Riigikantselei, lk 109
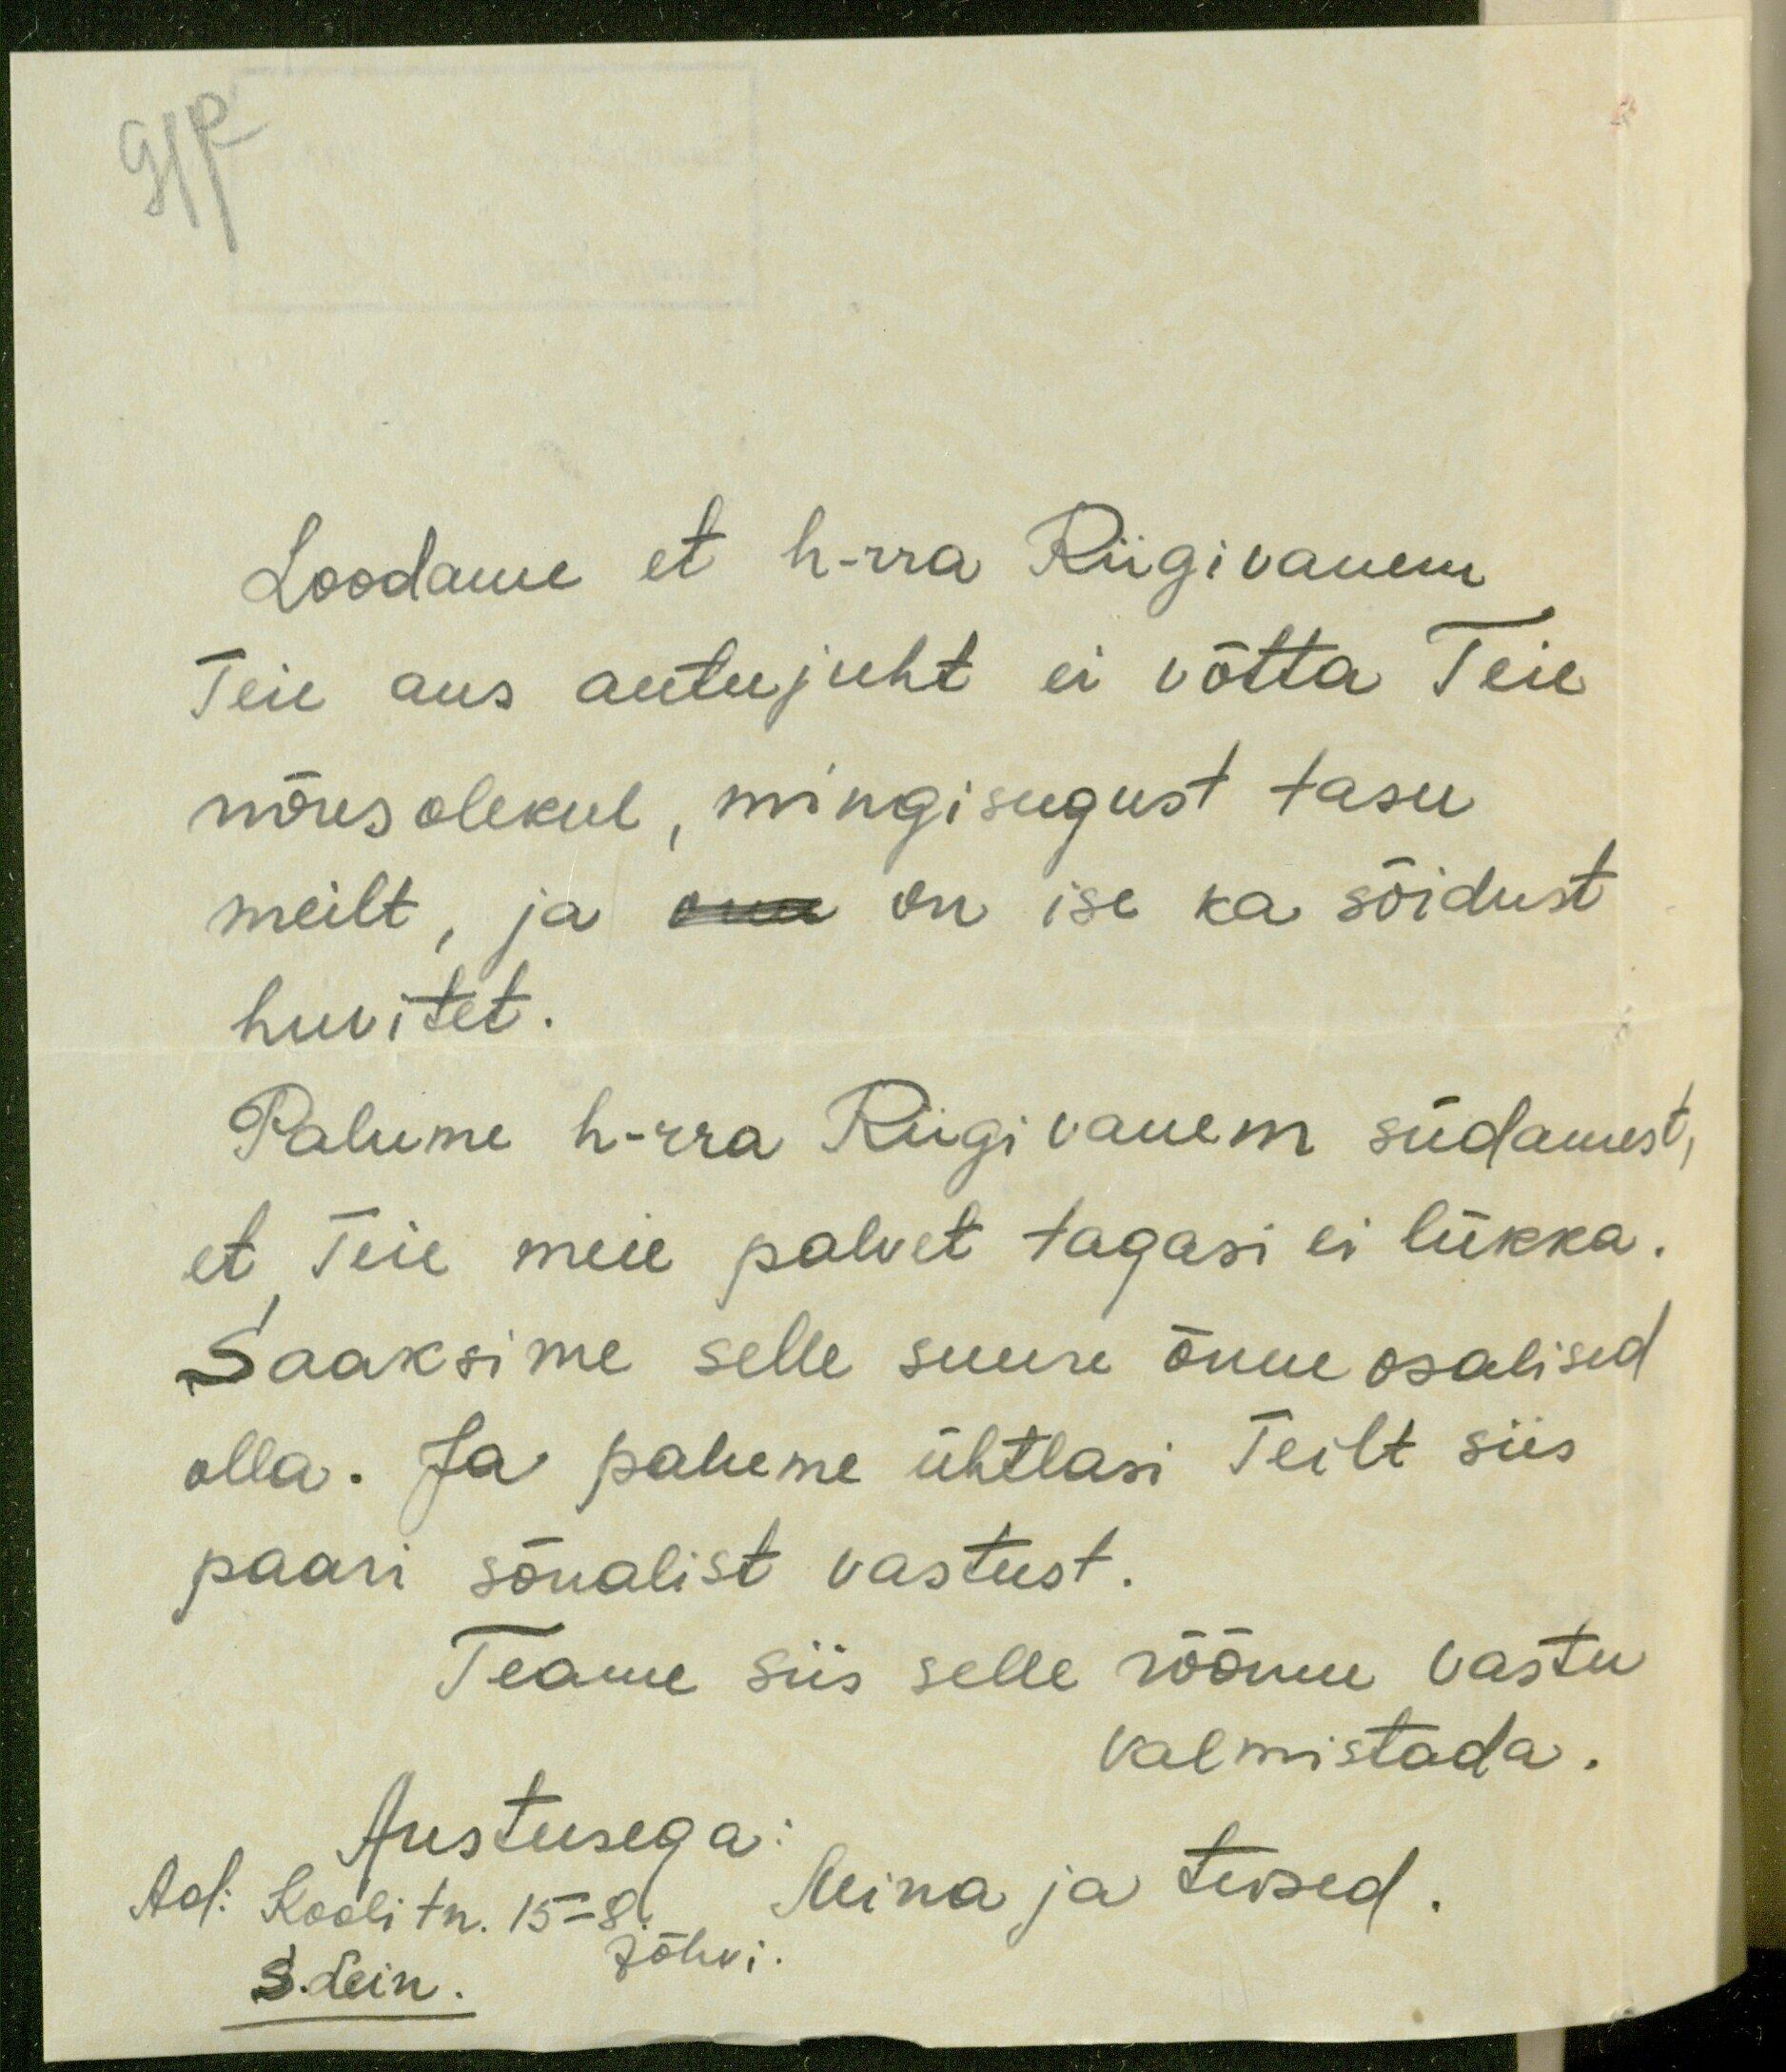
Loodame, et h-rra Riigivanem
Teie aus autujuht ei võtta Teie
nõusolekul, mingisugust tasu
meilt, ja oma on ise ka sõidust
huvitet.
Palume h-rra Riigi vanem südamest,
et Teie meie palvet tagasi ei lükka.
Saaksime selle suure õnne osalised
olla. Ja palume ühtlasi Teilt siis
paari sõnalist vastust.
Teame siis selle rõõmu vastu
valmistada.
Austusega:
Ad: Kooli tn. 15 - 8. Mina ja teised.
S. Lein.
Jõhvi.